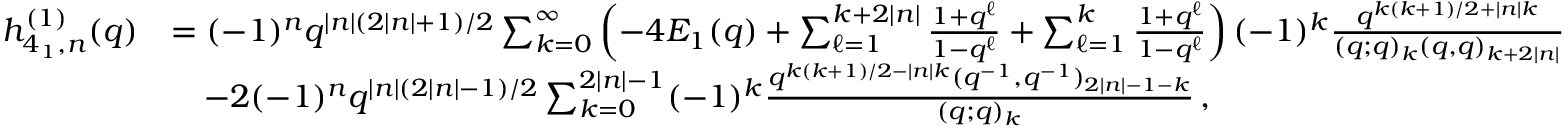
\begin{array} { r l } { h _ { 4 _ { 1 } , n } ^ { ( 1 ) } ( q ) } & { = ( - 1 ) ^ { n } q ^ { | n | ( 2 | n | + 1 ) / 2 } \sum _ { k = 0 } ^ { \infty } \left( - 4 E _ { 1 } ( q ) + \sum _ { \ell = 1 } ^ { k + 2 | n | } \frac { 1 + q ^ { \ell } } { 1 - q ^ { \ell } } + \sum _ { \ell = 1 } ^ { k } \frac { 1 + q ^ { \ell } } { 1 - q ^ { \ell } } \right) ( - 1 ) ^ { k } \frac { q ^ { k ( k + 1 ) / 2 + | n | k } } { ( q ; q ) _ { k } ( q , q ) _ { k + 2 | n | } } } \\ & { \quad - 2 ( - 1 ) ^ { n } q ^ { | n | ( 2 | n | - 1 ) / 2 } \sum _ { k = 0 } ^ { 2 | n | - 1 } ( - 1 ) ^ { k } \frac { q ^ { k ( k + 1 ) / 2 - | n | k } ( q ^ { - 1 } , q ^ { - 1 } ) _ { 2 | n | - 1 - k } } { ( q ; q ) _ { k } } \, , } \end{array}